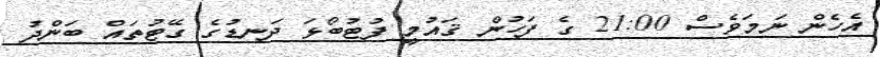
އެހެން ނަމަވެސް 21:00 ގެ ފަހުން ޤައުމީ ފުޓުބޯޅަ ދަނޑުގެ ގޭޓުތައް ބަންދު